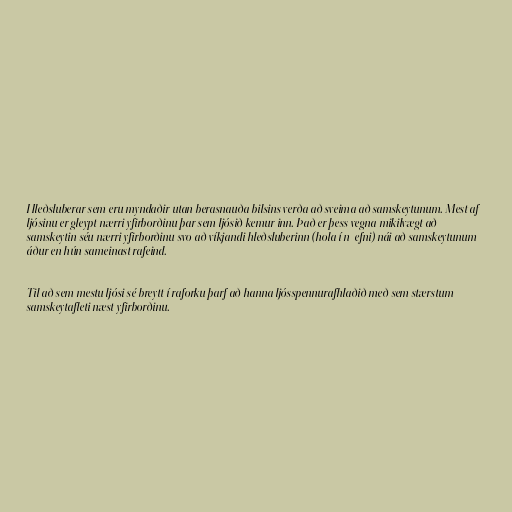
Hleðsluberar sem eru myndaðir utan berasnauða bilsins verða að sveima að samskeytunum. Mest af
ljósinu er gleypt nærri yfirborðinu þar sem ljósið kemur inn. Það er þess vegna mikilvægt að
samskeytin séu nærri yfirborðinu svo að víkjandi hleðsluberinn (hola í n-efni) nái að samskeytunum
áður en hún sameinast rafeind.

Til að sem mestu ljósi sé breytt í raforku þarf að hanna ljósspennurafhlaðið með sem stærstum
samskeytafleti næst yfirborðinu.